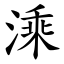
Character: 溗